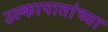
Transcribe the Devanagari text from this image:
उल्कापातांच्या